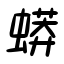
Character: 蟒